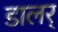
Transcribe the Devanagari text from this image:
डालर्